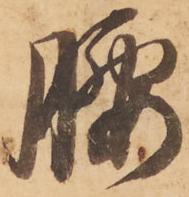
腰